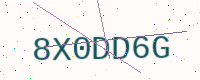
Text: 8X0DD6G